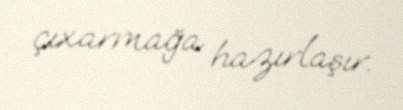
çıxarmağa hazırlaşır.